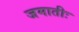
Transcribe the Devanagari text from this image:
जमातीः